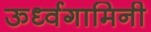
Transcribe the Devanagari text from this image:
ऊर्ध्वगामिनी